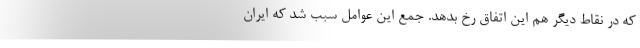
که در نقاط دیگر هم این اتفاق رخ بدهد. جمع این عوامل سبب شد که ایران